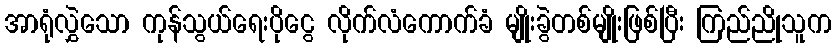
အာရုံလွှဲသော ကုန်သွယ်ရေးပိုငွေ လိုက်လံကောက်ခံ မျိုးခွဲတစ်မျိုးဖြစ်ပြီး ကြည်ညိုသူက